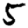
Digit: 5